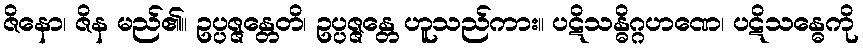
ဇိနော၊ ဇိန မည်၏။ ဥပ္ပဇ္ဇန္တေတိ၊ ဥပ္ပဇ္ဇန္တေ ဟူသည်ကား။ ပဋိသန္ဓိဂ္ဂဟဏေ၊ ပဋိသန္ဓေကို